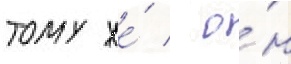
тому же́ / о́н